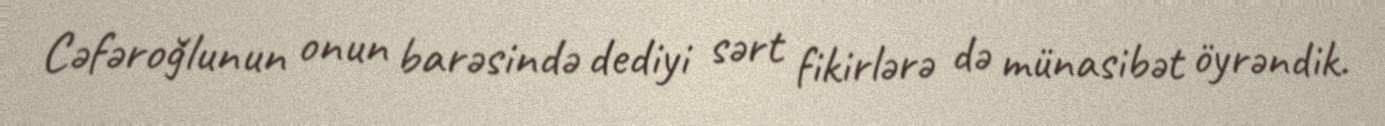
Cəfəroğlunun onun barəsində dediyi sərt fikirlərə də münasibət öyrəndik.